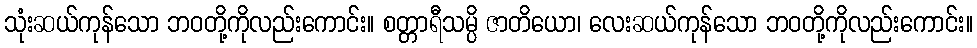
သုံးဆယ်ကုန်သော ဘဝတို့ကိုလည်းကောင်း။ စတ္တာရီသမ္ပိ ဇာတိယော၊ လေးဆယ်ကုန်သော ဘဝတို့ကိုလည်းကောင်း။